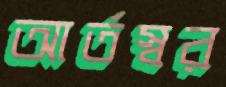
আর্তস্বর